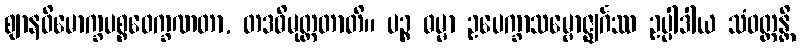
ဈာနဝိမောက္ခပစ္စဝေက္ခဏတာ, တဒဓိမုတ္တတာတိ။ ပဉ္စ ဓမ္မာ ဥပေက္ခာသမ္ဗောဇ္ဈင်္ဂဿ ဥပ္ပါဒါယ သံဝတ္တန္တိ